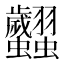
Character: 𧖢